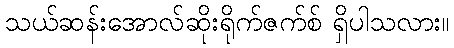
သယ်ဆန်းအောလ်ဆိုးရိုက်ဇက်စ် ရှိပါသလား။